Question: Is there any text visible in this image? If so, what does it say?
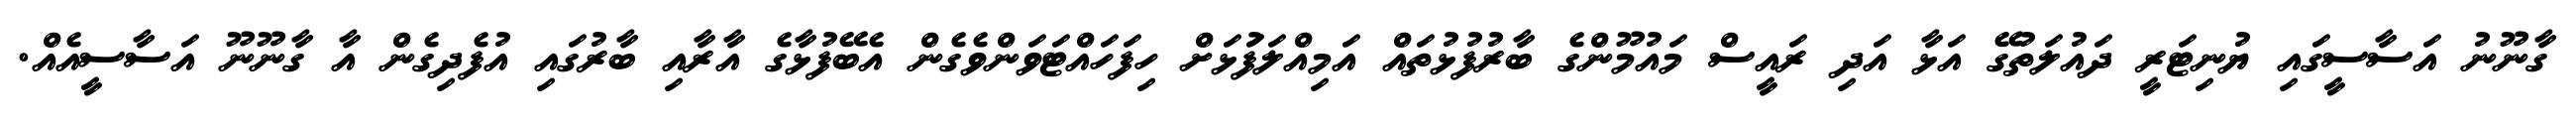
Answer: ގާނޫނު އަސާސީގައި ޔުނިޓަރީ ދައުލަތުގޭ އަޅާ އަދި ރައީސް މައުމޫންގެ ބާރުފުޅުތައް އަމިއްލަފުަޅަށް ހިފަހައްޓަވަންވެގެން އެބޭފުޅާގެ އާރާއި ބާރުގައި އުފެދިގެން އާ ގާނޫނޫ އަސާސީއެއް.